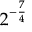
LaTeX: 2 ^ { - { \frac { 7 } { 4 } } }